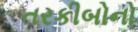
તરકીબોનો